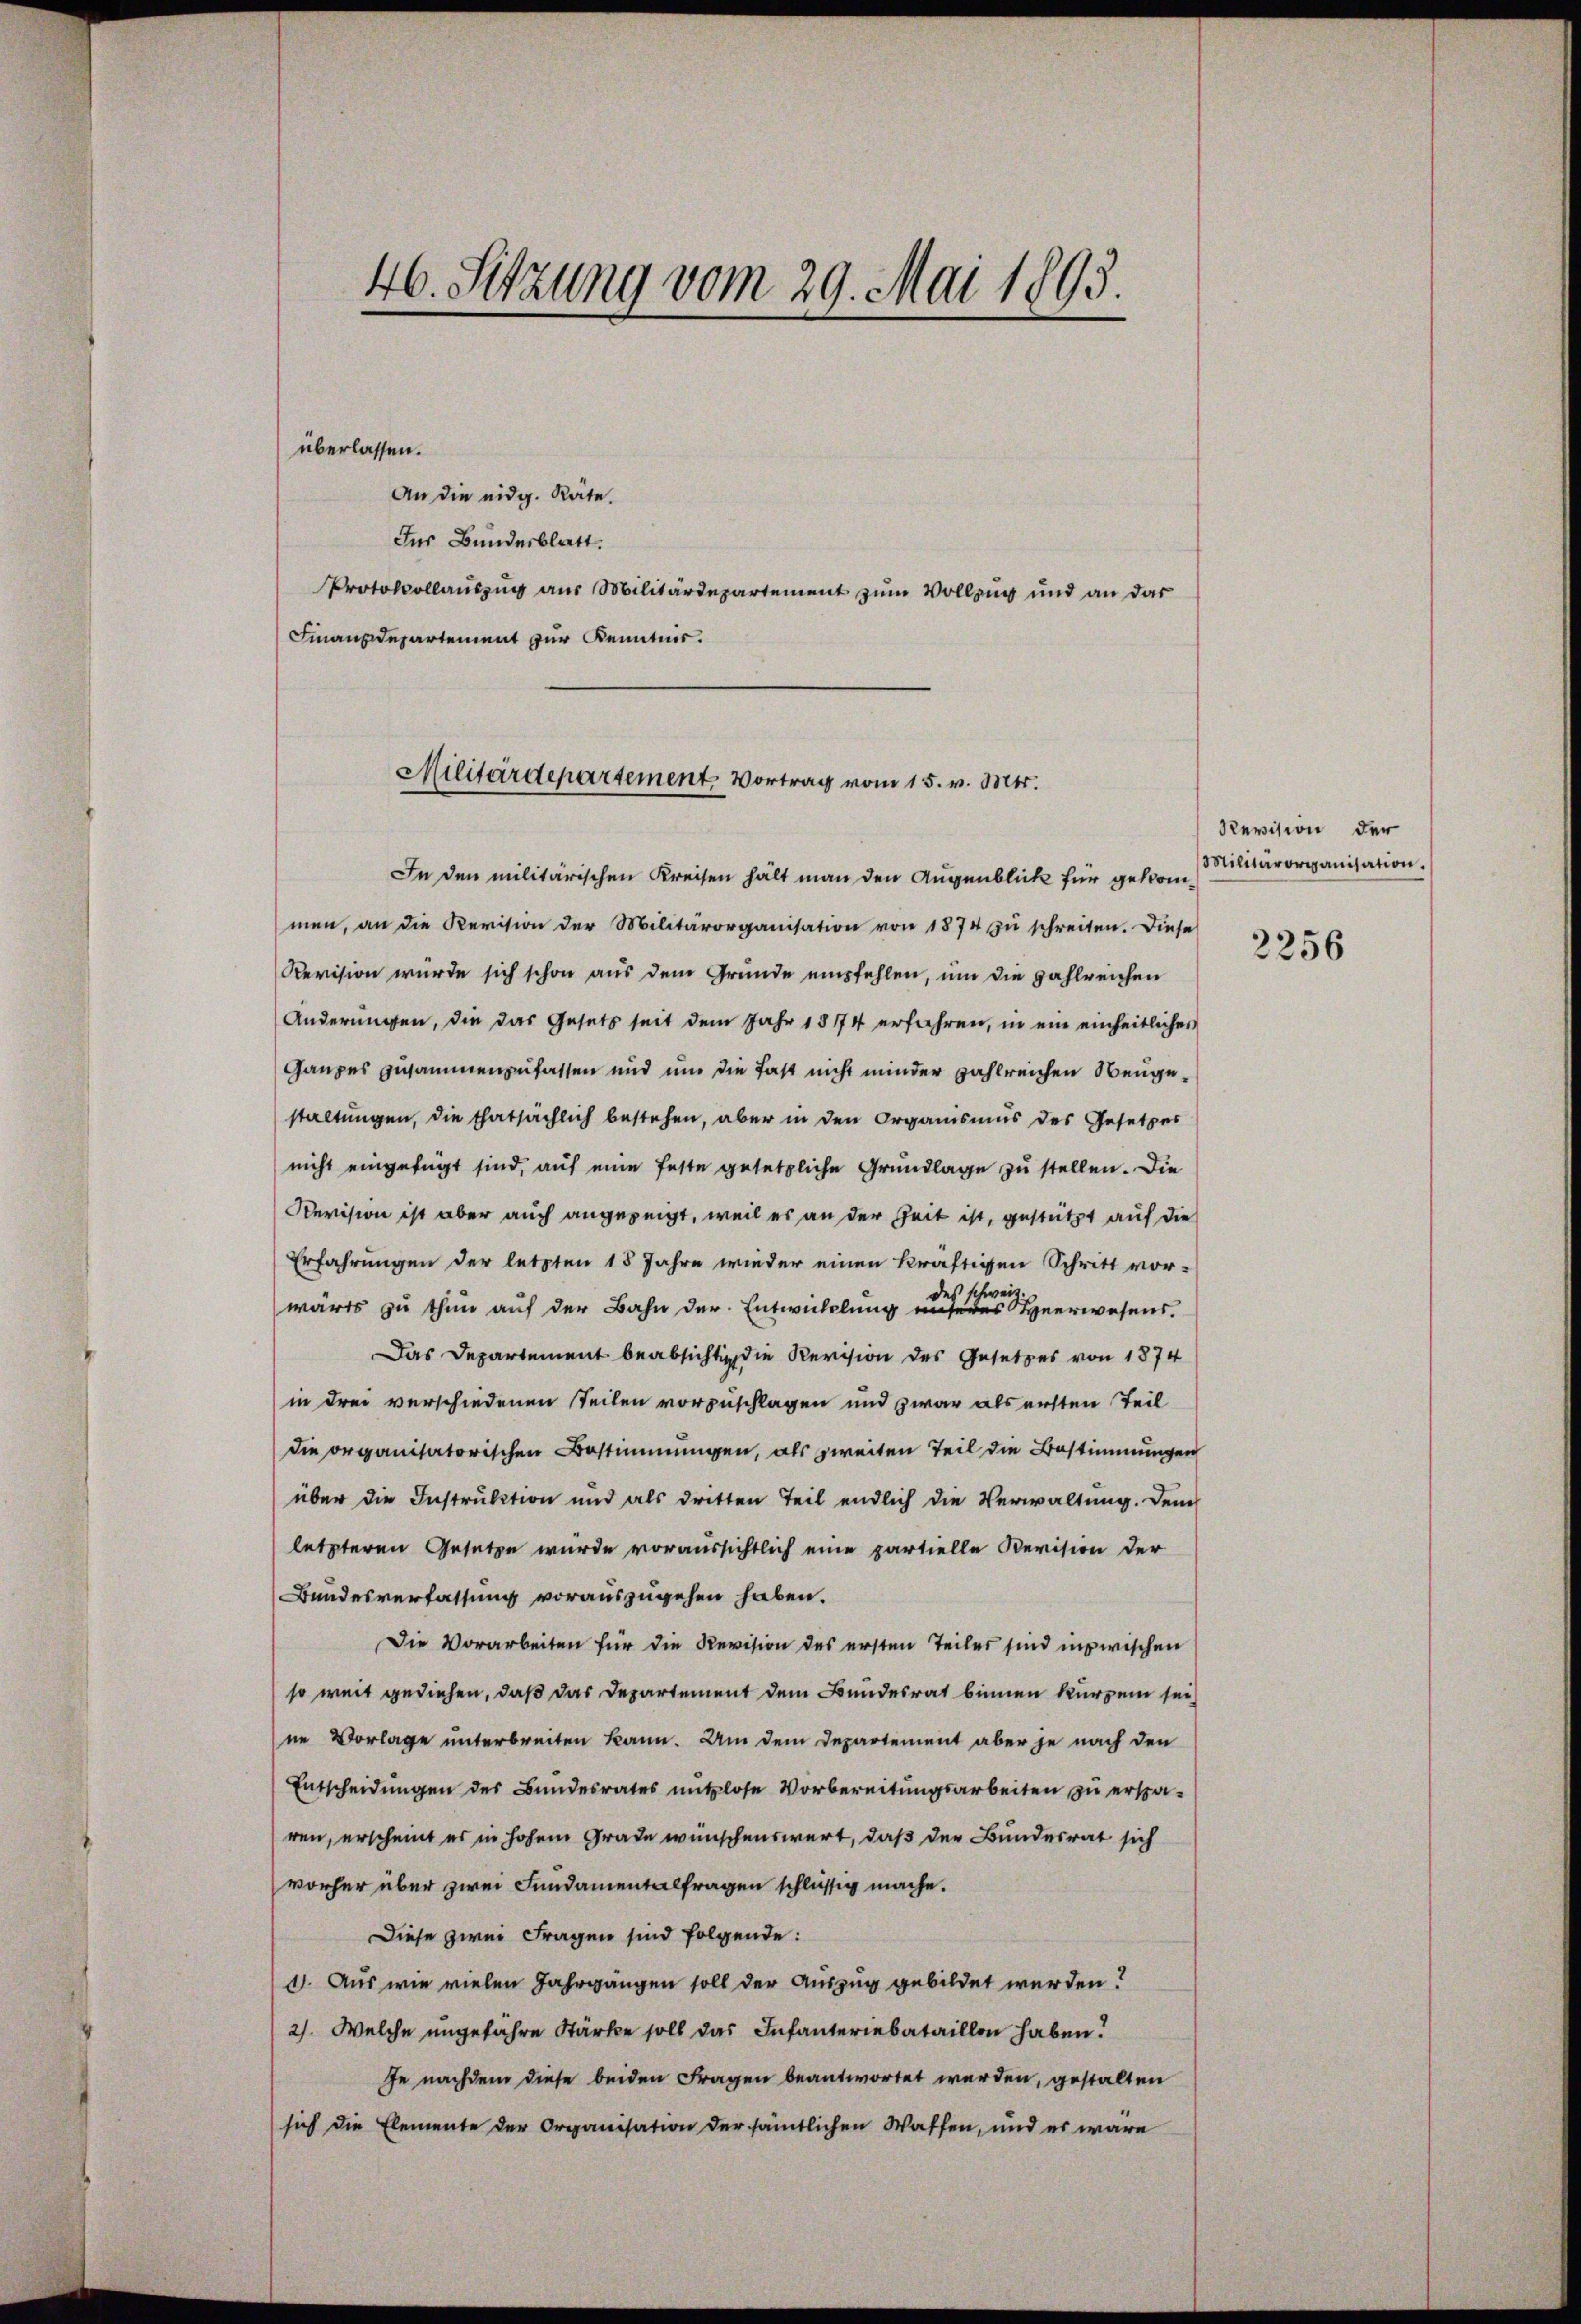
46. Sitzung vom 29. Mai 1893.

überlassen.
An die eidg. Räte.
Ins Bundesblatt.
Protokollauszug aus Militärdepartement zum Vollzug und an das
Finanzdepartement zur Kenntnis.

Militärdepartement, Vortrag vom 15. v. Mts.

In den militärischen Kreisen hält man den Augenblick für gekommen, an die Revision der Militärorganisation von 1874 zŭ schreiten. Diese
Revision würde sich schon aus dem Grunde empfehlen, um die zahlreichen
Änderungen, die das Gesetz seit dem Jahr 1874 erfahren, in ein einheitlicher
Ganzes zusammenzufassen und und die fast nicht minder zahlreichen Neugestaltungen, die thatsächlich bestehen, aber in den Organismus des Gesetzes
nicht eingefügt sind, auf eine feste gesetzliche Grundlage zu stellen. Die
Revision ist aber auch angezeigt, weil es an der Zeit ist, gestützt auf die
Erfahrungen der letzten 18 Jahre wieder einen kräftigen Schritt vor-
wärts zu thun auf der Bahn der Entwicklung des erwesens
Das Departement beabsichtig die Revision des Gesetzes von 1874
in drei verschiedenen Teilen vorzuschlagen und zwar als ersten Teil
die organisatorischen Bestimmungen, als zweiten Teil die Bestimmungen
über die Instruktion und als dritten Teil endlich die Verwaltung. Den
letzteren Gesetze wurde voraussichtlich eine partielle Revision der
Bundesverfassung vorauszugehen haben.
Die Vorarbeiten für die Revision des ersten Teiles sind inzwischen
so weit gediehen, daß das Departement dem Bundesrat binnen kurzem sei,
ne Vorlage unterbreiten kann. Um dem Departement aber je nach den
Entscheidungen des Bundesrates nutzlose Vorbereitungsarbeiten zu ersparen, erscheint es in hohem Grade wünschenswert, daß der Bundesrat sich
vorher über zwei Fundamentalfragen schlüssig mache.
Diese zwei Fragen sind folgende:
1. Aus wie vielen Jahrgängen soll der Auszug gebildet werden.
2). Welche ungefähre Stärke soll das Infanteriebataillon haben.
fe nachdem diese beiden Fragen beantwortet werden, gestalten
sich die Elemente der Organisation der sämtlichen Waffen, und es wäre

Revision der
Militärorganisation.

2256